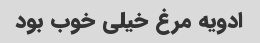
ادویه مرغ خیلی خوب بود